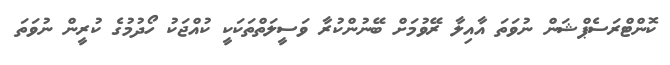
ކޮންޓްރަސެޕްޝަން ނުވަތަ އާއިލާ ރޭވުމަށް ބޭނުންކުރާ ވަސީލަތްތަކަކީ ކުއްޖަކު ހޯދުމުގެ ކުރީން ނުވަތަ